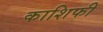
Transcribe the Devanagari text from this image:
काशिफी